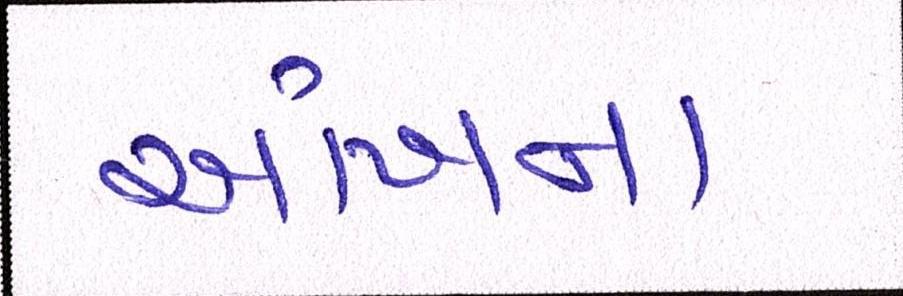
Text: આંખના